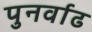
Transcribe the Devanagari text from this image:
पुनर्वाढ